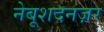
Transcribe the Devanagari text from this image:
नेबूशदनज़र